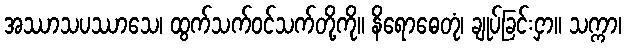
အဿာသပဿာသေ၊ ထွက်သက်ဝင်သက်တို့ကို။ နိရောဓေတုံ၊ ချုပ်ခြင်းငှာ။ သက္ကာ၊